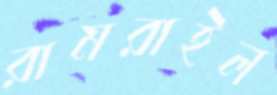
রামরাইল